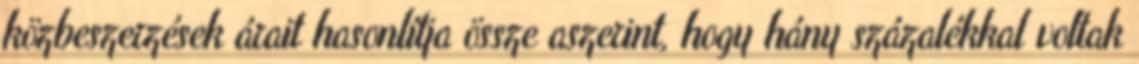
közbeszerzések árait hasonlítja össze aszerint, hogy hány százalékkal voltak